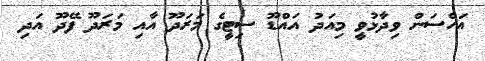
އަހްސަން ވިދާޅުވީ މިއަދު އައްޑޫ ސިޓީގެ މަރަދޫ އާއި މަރަދޫ ފޭދޫ އަދި